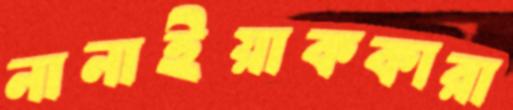
নানাইয়াককারা